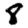
Digit: 8